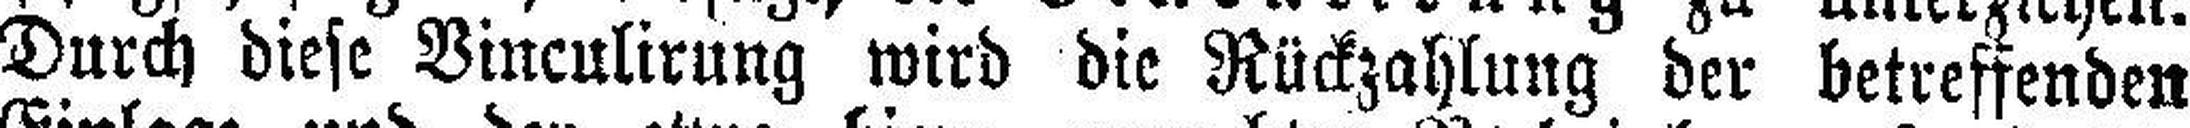
Durch diese Vinculirung wird die Rückzahlung der betreffenden